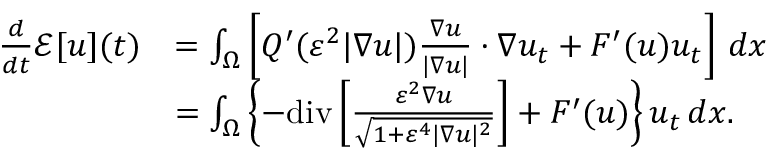
\begin{array} { r l } { \frac { d } { d t } \mathcal { E } [ u ] ( t ) } & { = \int _ { \Omega } \left[ Q ^ { \prime } ( \varepsilon ^ { 2 } | \nabla u | ) \frac { \nabla u } { | \nabla u | } \cdot \nabla u _ { t } + F ^ { \prime } ( u ) u _ { t } \right] \, d x } \\ & { = \int _ { \Omega } \left\{ - \mathrm { d i v } \left[ \frac { \varepsilon ^ { 2 } \nabla u } { \sqrt { 1 + \varepsilon ^ { 4 } | \nabla u | ^ { 2 } } } \right] + F ^ { \prime } ( u ) \right\} u _ { t } \, d x . } \end{array}